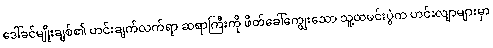
ဒေါ်ခင်မျိုးချစ်၏ ဟင်းချက်လက်ရာ ဆရာကြီးကို ဖိတ်ခေါ်ကျွေးသော သူ့ထမင်းပွဲက ဟင်းလျာများမှာ